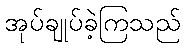
အုပ်ချုပ်ခဲ့ကြသည်